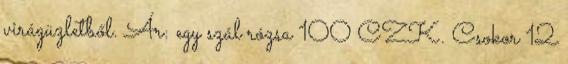
virágüzletből. Ár: egy szál rózsa 100 CZK. Csokor 12